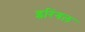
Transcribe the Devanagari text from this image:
इरिंगल